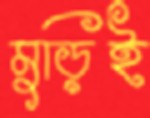
মুড়িই